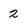
Character: 2